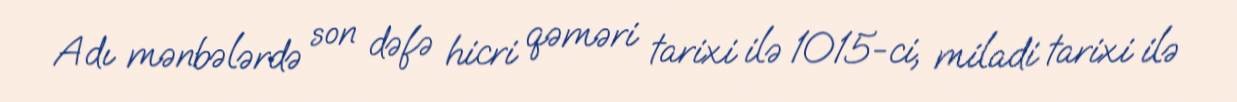
Adı mənbələrdə son dəfə hicri qəməri tarixi ilə 1015-ci, miladi tarixi ilə